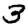
Digit: 3